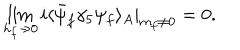
LaTeX: \lim _ { h _ { f } \rightarrow 0 } i \langle \bar { \psi } _ { f } \gamma _ { 5 } \psi _ { f } \rangle _ { A } | _ { m _ { f } \ne 0 } = 0 .